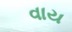
વાય